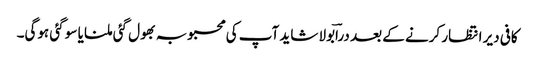
کافی دیر انتظار کرنے کے بعد دراؔبولا شاید آپ کی محبوبہ بھول گئی ملنا یا سو گئی ہوگی۔